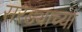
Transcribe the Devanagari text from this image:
सरड्याच्या